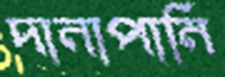
দানাপানি